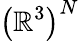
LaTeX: \left(\mathbb{R}^{3}\right)^{N}